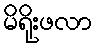
မိရိုးဖလာ